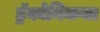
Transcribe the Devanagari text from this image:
ड्रॅकोनिकचा